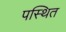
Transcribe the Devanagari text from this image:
पस्थित